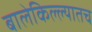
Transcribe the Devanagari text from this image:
बालेकिल्ल्यातच